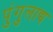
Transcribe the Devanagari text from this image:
पुंगुलाद्य